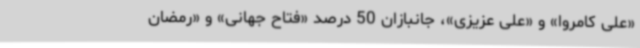
«علی کامروا» و «علی عزیزی»، جانبازان 50 درصد «فتاح جهانی» و «رمضان